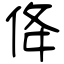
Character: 佭